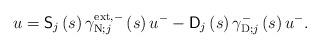
LaTeX: \begin{align*}u=\mathsf{S}_{j}\left( s\right) \gamma_{\operatorname*{N};j}^{\operatorname*{ext},-}\left( s\right) u^{-}-\mathsf{D}_{j}\left(s\right) \gamma_{\operatorname*{D};j}^{-}\left( s\right) u^{-}.\end{align*}